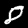
Label: 8